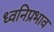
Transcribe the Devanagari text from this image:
ध्वनिप्रभाव